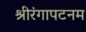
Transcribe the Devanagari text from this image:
श्रीरंगापटनम